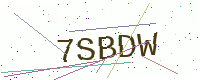
Text: 7SBDW